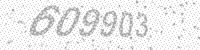
Solution: 609903